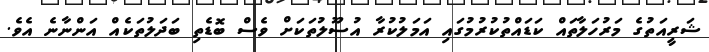
ޝަރީއަތުގެ މަރުހަލާތައް ކަޑައްތުކުރުމުގައި އަމަލުކުރާ އުސޫލުތަކަށް ވެސް ބޮޑެތި ބަދަލުތަކެއް އަންނާނެ އެވެ.